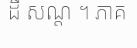
ដី សណ្ត ។ ភាគ